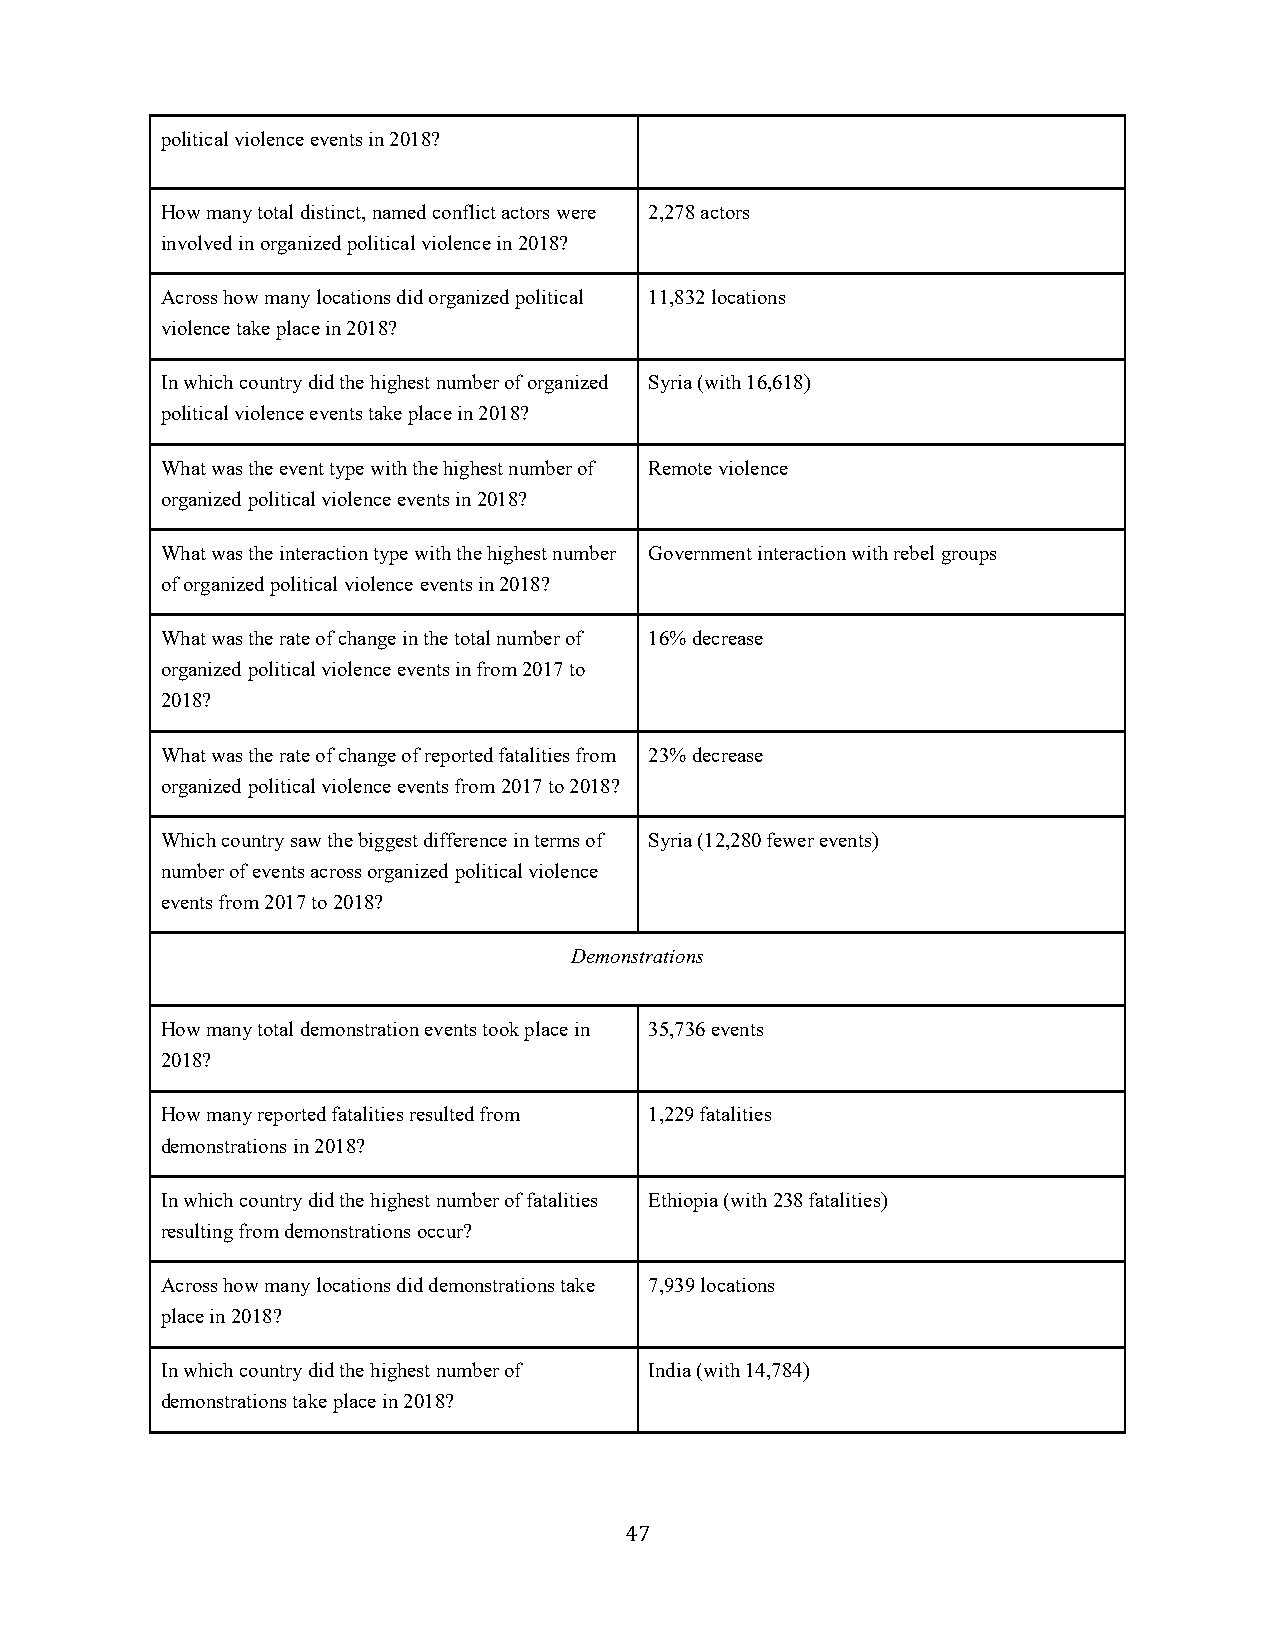
political violence events in 2018?
 How many total distinct, named conflict actors were 2,278 actors
 involved in organized political violence in 2018?
 Across how many locations did organized political 11,832 locations
 violence take place in 2018?
 In which country did the highest number of organized Syria (with 16,618)
 political violence events take place in 2018?
 What was the event type with the highest number of Remote violence
 organized political violence events in 2018?
 What was the interaction type with the highest number Government interaction with rebel groups
 of organized political violence events in 2018?
 What was the rate of change in the total number of 16% decrease
 organized political violence events in from 2017 to
 2018?
 What was the rate of change of reported fatalities from 23% decrease
 organized political violence events from 2017 to 2018?
 Which country saw the biggest difference in terms of Syria (12,280 fewer events)
 number of events across organized political violence
 events from 2017 to 2018?
 Demonstrations
 How many total demonstration events took place in 35,736 events
 2018?
 How many reported fatalities resulted from 1,229 fatalities
 demonstrations in 2018?
 In which country did the highest number of fatalities Ethiopia (with 238 fatalities)
 resulting from demonstrations occur?
 Across how many locations did demonstrations take 7,939 locations
 place in 2018?
 In which country did the highest number of India (with 14,784)
 demonstrations take place in 2018?
 4 7